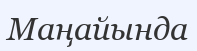
Маңайында